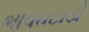
ભાવઘટાડો